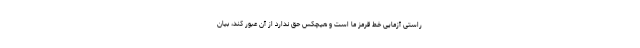
راستی آزمایی خط قرمز ما است و هیچکس حق ندارد از آن عبور کند، بیان